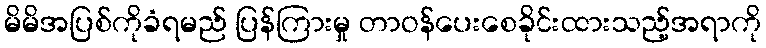
မိမိအပြစ်ကိုခံရမည် ပြန်ကြားမှု တာဝန်ပေးစေခိုင်းထားသည့်အရာကို